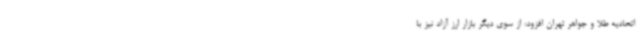
اتحادیه طلا و جواهر تهران افزود: از سوی دیگر بازار ارز آزاد نیز با